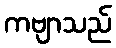
ကဗျာသည်